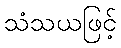
သံသယဖြင့်